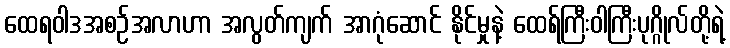
ထေရဝါဒအစဉ်အလာဟာ အလွတ်ကျက် အာဂုံဆောင် နိုင်မှုနဲ့ ထေရ်ကြီးဝါကြီးပုဂ္ဂိုလ်တို့ရဲ့